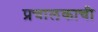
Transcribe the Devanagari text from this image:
प्रचालकाची